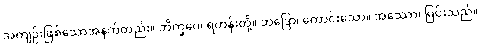
အကျဉ်းဖြစ်သောအနက်တည်း။ ဘိက္ခဝေ၊ ရဟန်းတို့။ ဘဒြော၊ ကောင်းသော။ အဿော၊ မြင်းသည်။